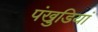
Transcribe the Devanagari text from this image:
पंखुडि़यां